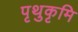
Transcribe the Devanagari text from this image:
पृथुकृमि